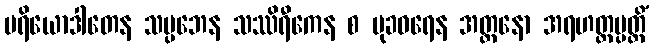
ပရိယောဒါတေန သပ္ပဘေန သဿိရီကေန စ မုခဝရေန အတ္တနော အရဟတ္တပ္ပတ္တိံ